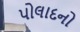
પોલાદનો